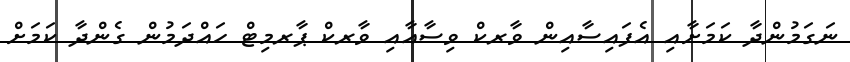
ނަގަމުންދާ ކަމަށާއި އެފައިސާއިން ވާރކް ވިސާއާއި ވާރކް ޕާރމިޓް ހައްދަމުން ގެންދާ ކަމަށް